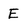
Character: E